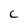
Character: C